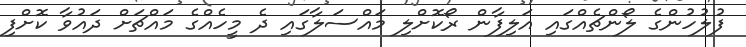
ފުލުހުންގެ ލޯންޗެއްގައި އަލިފާން ރޯކޮށްލި މައްސަލާގައި ދެ މީހެއްގެ މައްޗަށް ދައުވާ ކޮށްފި